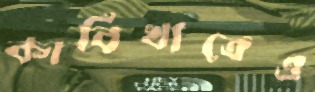
কাবিখাতেও